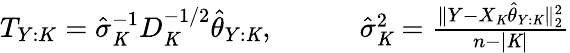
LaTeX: \begin{array}{r}{T_{Y:K}=\hat{\sigma}_{\mathit{K}}^{-1}D_{\mathit{K}}^{-1/2}\hat{\theta}_{Y:\mathit{K}},\quad\quad\quad\hat{\sigma}_{\mathit{K}}^{2}=\frac{\| Y-X_{\mathit{K}}\hat{\theta}_{Y:\mathit{K}}\| _{2}^{2}}{n-|\mathit{K}|}}\end{array}